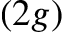
( 2 g )